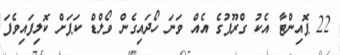
22 ޕޮއިންޓާ އެކު ގްރޫޕުގެ އެއް ވަނަ ހޯދައިގެން ވޯލްޑް ކަޕަށް ކޮލިފައިވެފަ